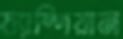
চ্যাম্পিয়ান